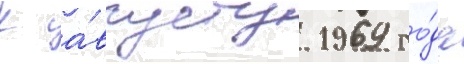
К а́вгусту 1969 го́да